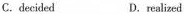
C.decided realized